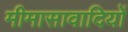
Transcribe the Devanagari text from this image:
मीमासावादियों